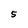
Character: 5